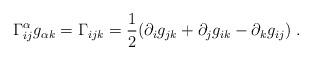
LaTeX: \begin{align*} \Gamma_{ij}^\alpha g_{\alpha k}=\Gamma_{ijk} =\frac{1}{2}(\partial_ig_{jk}+\partial_jg_{ik}-\partial_kg_{ij})\;.\end{align*}